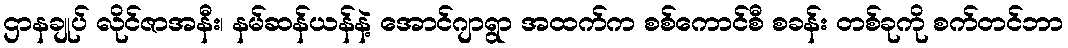
ဌာနချုပ် လိုင်ဇာအနီး၊ နမ်ဆန်ယန်နဲ့ အောင်ဂျာရွာ အထက်က စစ်ကောင်စီ စခန်း တစ်ခုကို စက်တင်ဘာ